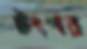
টংগর